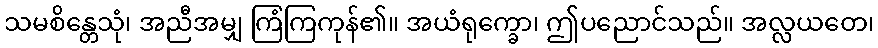
သမစိန္တေသုံ၊ အညီအမျှ ကြံကြကုန်၏။ အယံရုက္ခော၊ ဤပညောင်သည်။ အလ္လယတေ၊